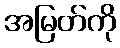
အမြတ်ကို